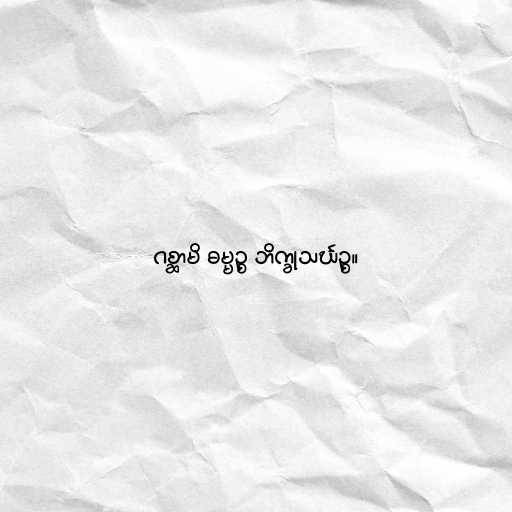
ဂစ္ဆာမိ ဓမ္မဉ္စ ဘိက္ခုသင်္ဃဉ္စ။